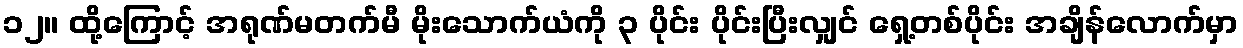
၁၂။ ထို့ကြောင့် အရုဏ်မတက်မီ မိုးသောက်ယံကို ၃ ပိုင်း ပိုင်းပြီးလျှင် ရှေ့တစ်ပိုင်း အချိန်လောက်မှာ